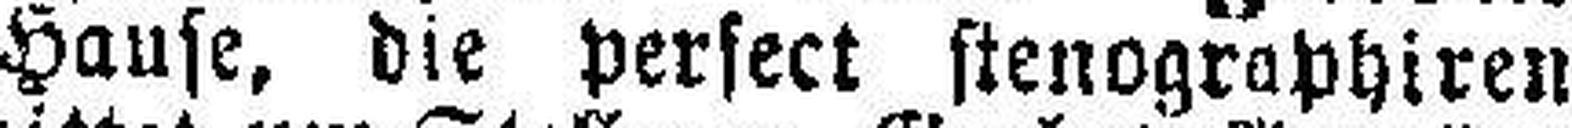
Hause, die perfect stenographiren